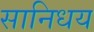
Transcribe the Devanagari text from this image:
सानिधय